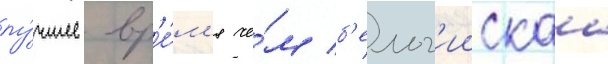
лу́чшее вр'е́м'я че́м б'ельг'иискаа